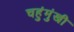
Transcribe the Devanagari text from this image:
चहुंमुंखी